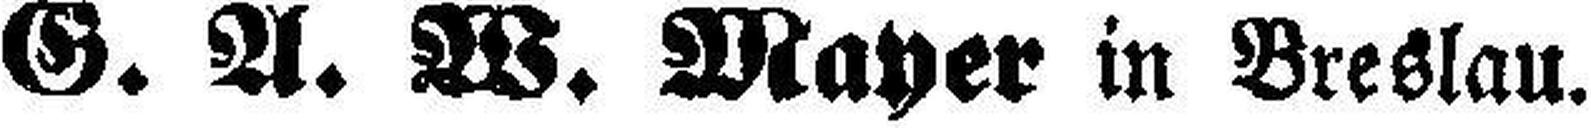
G. A. W. Mayer in Breslau.